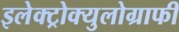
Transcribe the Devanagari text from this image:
इलेक्ट्रोक्युलोग्राफी